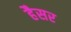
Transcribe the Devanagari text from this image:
हैसर